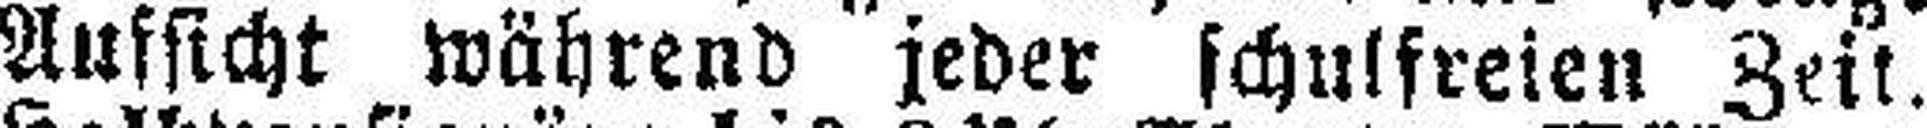
Aussicht während jeder schulfreien Zeit.